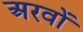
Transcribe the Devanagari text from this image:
अरवों